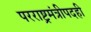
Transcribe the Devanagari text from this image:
परराष्ट्रमंत्रीपदही